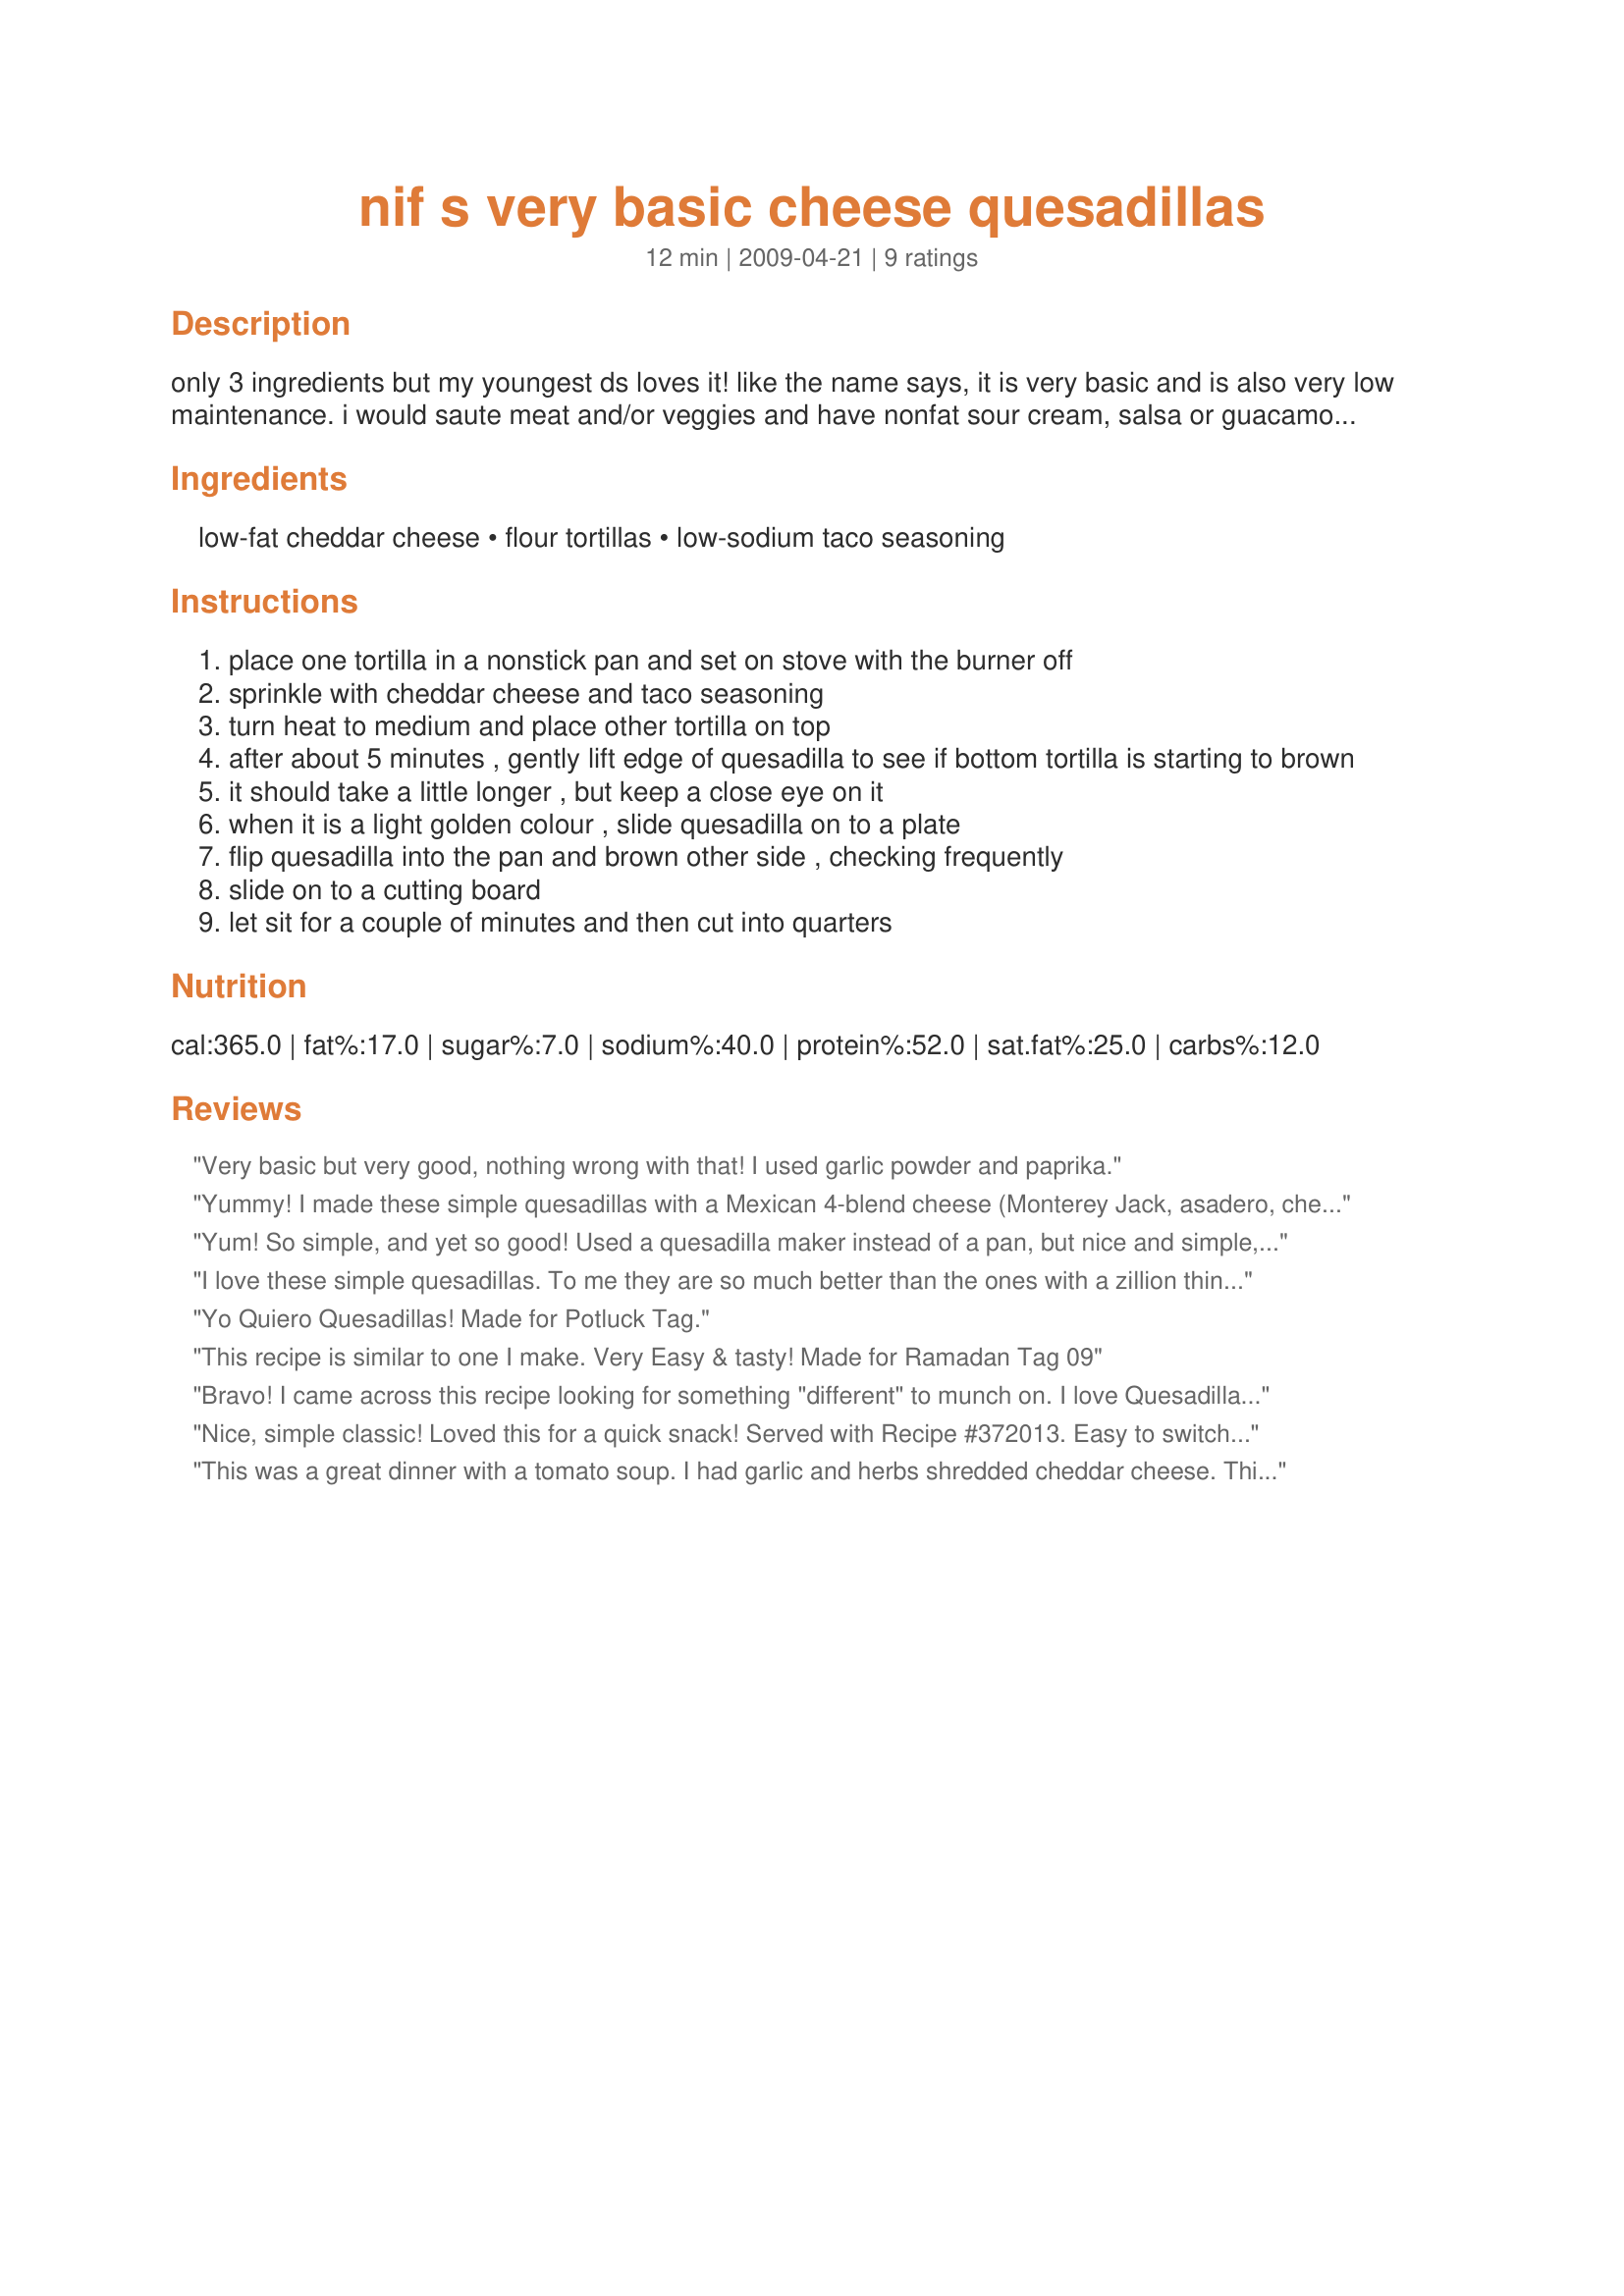
nif s very basic cheese quesadillas
Preparation time: 12 minutes

only 3 ingredients but my youngest ds loves it! like the name says, it is very basic and is also very low maintenance. i would saute meat and/or veggies and have nonfat sour cream, salsa or guacamole to dip it in, but this is the basic-est version of the quesadilla. you can also use this as an appetizer and cut into thinner wedges. my ds can eat the whole thing now for dinner, but i thought i would list 2 servings. enjoy!

Ingredients:
low-fat cheddar cheese, flour tortillas, low-sodium taco seasoning

Steps:
place one tortilla in a nonstick pan and set on stove with the burner off
sprinkle with cheddar cheese and taco seasoning
turn heat to medium and place other tortilla on top
after about 5 minutes , gently lift edge of quesadilla to see if bottom tortilla is starting to brown
it should take a little longer , but keep a close eye on it
when it is a light golden colour , slide quesadilla on to a plate
flip quesadilla into the pan and brown other side , checking frequently
slide on to a cutting board
let sit for a couple of minutes and then cut into quarters

Reviews:
Very basic but very good, nothing wrong with that! I used garlic powder and paprika.
Yummy! I made these simple quesadillas with a Mexican 4-blend cheese (Monterey Jack, asadero, cheddar, and queso quesadilla) and loved the taco seasoning in them. I also served Recipe #370677 along side them which was perfect. Thanks Nif for a great new keeper. Made for ZWT5 2009.
Yum! So simple, and yet so good! Used a quesadilla maker instead of a pan, but nice and simple, worked great!
I love these simple quesadillas. To me they are so much better than the ones with a zillion things in them. They are also extremely kid-friendly. Thanks for posting!
Yo Quiero Quesadillas! Made for Potluck Tag.
This recipe is similar to one I make. Very Easy & tasty! Made for Ramadan Tag 09
Bravo! I came across this recipe looking for something "different" to munch on. I love Quesadillas, but I don't like a bunch of stuff in them. Nif's recipe is exactly like the quesadilla I had the first time I ever had them in a restaurant, and actually I make my own exactly this same way already, but just wanted to offer a "high five" for a simple, delicious recipe.
Nice, simple classic! Loved this for a quick snack! Served with Recipe #372013. Easy to switch up with chicken or beef, too. Thanks! Made for the Groovy GastroGnomes of ZWT5!
This was a great dinner with a tomato soup. I had garlic and herbs shredded cheddar cheese. This was great in it. Thanks Nif :) Made for Zaar Star Game
